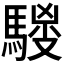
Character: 𱄦